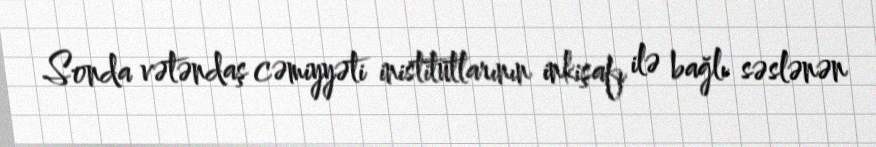
Sonda vətəndaş cəmiyyəti inistitutlarının inkişafı ilə bağlı səslənən